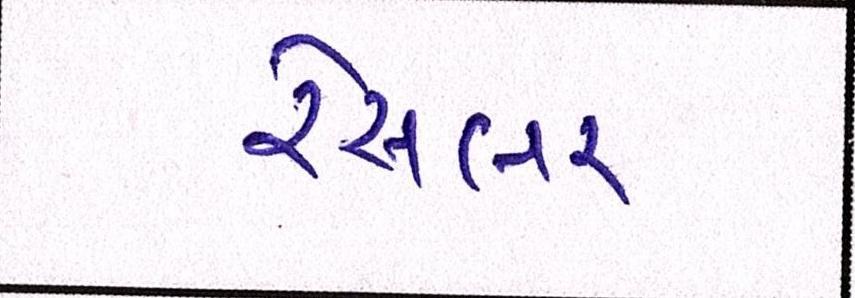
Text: રેસલર